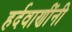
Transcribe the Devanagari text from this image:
हर्दवाणींनी